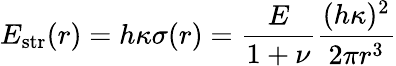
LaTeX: E_{\mathrm{str}}(r)=h\kappa\sigma(r)=\frac{E}{1+\nu}\frac{(h\kappa)^{2}}{2\pi r^{3}}